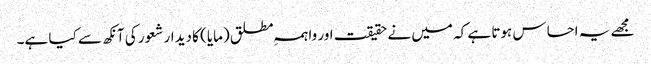
مجھے یہ احساس ہوتا ہے کہ میں نے حقیقت اور واہمہِ مطلق (مایا) کا دیدار شعور کی آنکھ سے کیا ہے۔